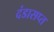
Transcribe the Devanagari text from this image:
दंडासप्त